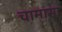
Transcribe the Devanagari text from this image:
चामासा